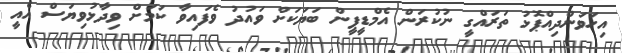
އިހަވަންދިއްޕޮޅު ތަރައްގީ ނުކުރަން އެމްޑީޕީން ބަޔަކަށް ވައުދު ވެފައިވާ ކަމަށް ވިދާޅުވިޔަސް އެއީ